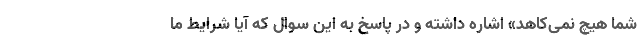
شما هیچ نمی‌کاهد» اشاره داشته و در پاسخ به این سوال که آیا شرایط ما